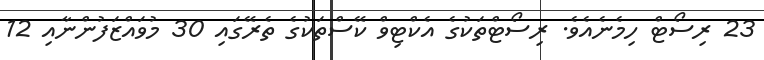
23 ރިސޯޓް ހިމެނެއެވެ. ރިސޯޓްތަކުގެ އެކްޓިވް ކޭސްތަކުގެ ތެރޭގައި 30 މުވައްޒަފުންނާއި 12